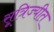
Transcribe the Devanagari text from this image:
सूत्रिज्यीत